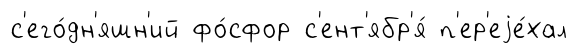
с'его́дн'яшн'ий фо́сфор с'ент'ябр'я́ п'ер'еjе́хал